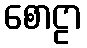
စောဠာ